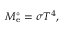
M _ { \mathrm { e } } ^ { \circ } = \sigma T ^ { 4 } ,